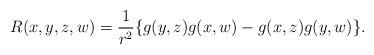
LaTeX: \begin{align*}R(x,y,z,w)=\frac{1}{r^2}\{g(y,z)g(x,w)-g(x,z)g(y,w)\}.\end{align*}